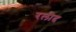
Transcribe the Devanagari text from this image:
रलीद